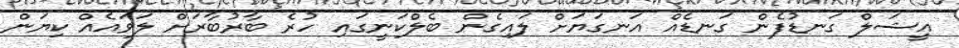
އީޝަލް ގަނޑުފެން ގަނޑެއް އަނގަޔަށް ލައިގެން ބެލްކަނީގައި ހުރެ ބާރުބާރަށް ލަވައެއް ކިޔަން